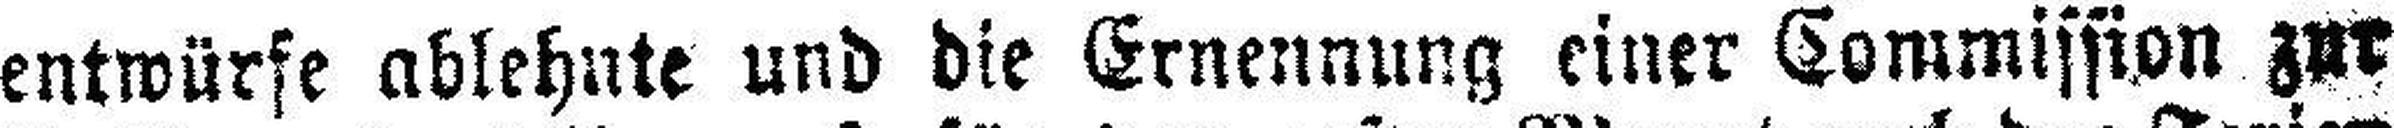
entwürfe ablehnte und die Ernennung einer Commission zur